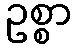
ဥစ္စာ